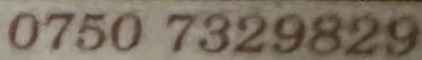
0750 7329829